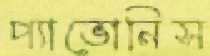
প্যাভোনিস